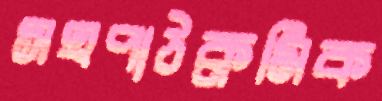
সহপাঠক্রমিক